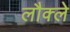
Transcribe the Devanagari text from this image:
लौक्ले